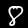
Digit: 8